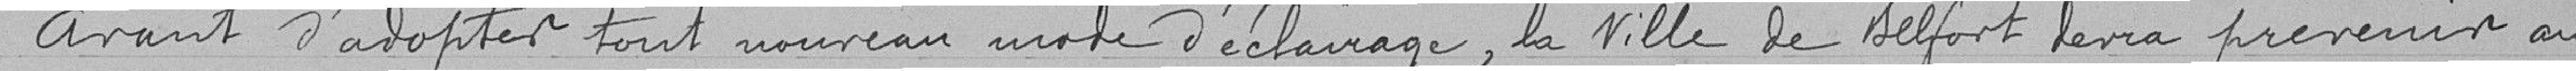
Avant d'adopter tout nouveau mode d'éclairage, la ville de Belfort devra prévenir au